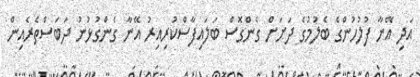
އަދި އޭނާ ފުލުހުންގެ ބެލުމުގެ ދަށަށް ގެންގޮސް ބަލައިފާސްކުރިއިރު އޭނާ ގެންގުޅުނު ދަބަސްތެރެއިން